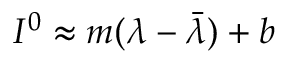
I ^ { 0 } \approx m ( \lambda - \bar { \lambda } ) + b